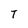
Character: T